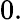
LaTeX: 0.